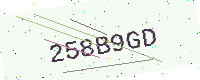
Text: 258B9GD